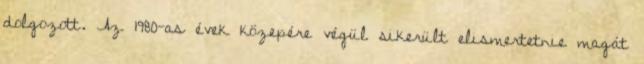
dolgozott. Az 1980-as évek közepére végül sikerült elismertetnie magát